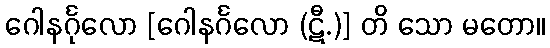
ဂေါနင်္ဂုလော [ဂေါနင်္ဂလော (ဋီ.)] တိ သော မတော။